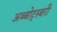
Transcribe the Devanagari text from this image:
अब्बोट्स्बरी